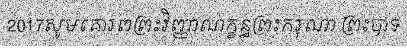
2017សូមគោរពព្រះវិញ្ញាណក្ខន្ធព្រះករុណា ព្រះបាទ